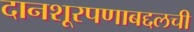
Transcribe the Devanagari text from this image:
दानशूरपणाबद्दलची